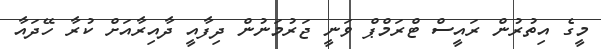
މީގެ އިތުރުން ރައީސް ޓްރަމްޕް ވަނީ ޖަރުމަނުން ދިފާއީ ދާއިރާއަށް ކުރާ ހޭދައާ